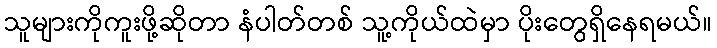
သူများကိုကူးဖို့ဆိုတာ နံပါတ်တစ် သူ့ကိုယ်ထဲမှာ ပိုးတွေရှိနေရမယ်။